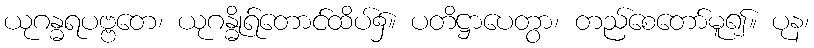
ယုဂန္ဓရပဗ္ဗတေ၊ ယုဂန္ဓိုရ်တောင်ထိပ်၌။ ပတိဋ္ဌာပေတွာ၊ တည်စေတော်မူ၍။ ပုန၊